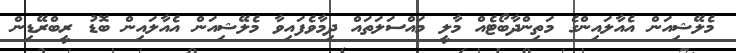
މެލޭޝިއަން އެއާލައިންގެ މަތިންދާބޯޓެއް މާލީ މައްސަލަތައް ދިމާވެފައިވާ މެލޭޝިއަން އެއާލައިން ބޮޑު ރީބްރޭޑިން